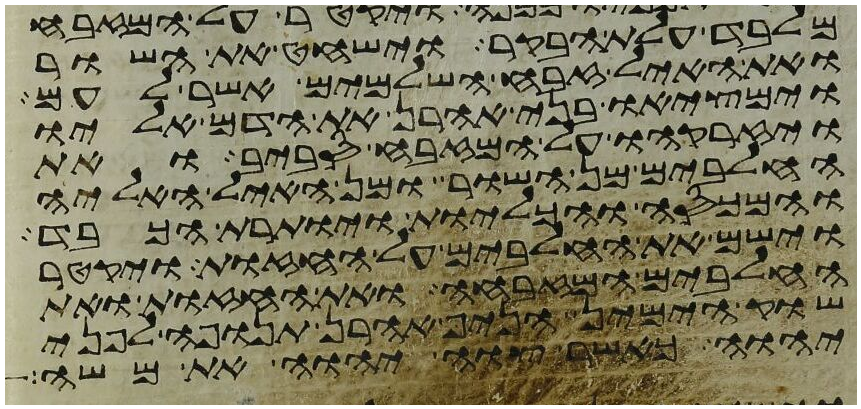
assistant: מלבד עלת הבקר וישחט את השור
ואת האיל זבח השלמים אשר לעם
וימציאו בני אהרן את הדם אליו
ויזרקהו על המזבח סביב ואת
החלבים מן השור ומן האיל האליה
והמכסה והכליות ויותרת הכבד
וישם את החלבים על החזות ויקטר
החלבים המזבחה ואת החזות ואת
שוק הימין הניף אהרן תנופה לפני
יהוה כאשר צוה יהוה את משה